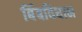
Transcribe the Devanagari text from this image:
बिंबविधान